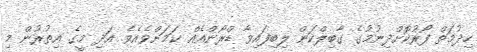
ހިދުމަތް ފޯރުކޮށްދިނުމުގެ ގާބިލްކަން ލިބިފައިވާ ޑްރޯންއެއް ކަމަށްވެއެވެ. އަދި މީގެ އިތުރުން މި